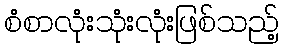
စံစာလုံးသုံးလုံးဖြစ်သည့်